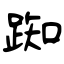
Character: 踟